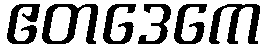
ဧတဒေကေ